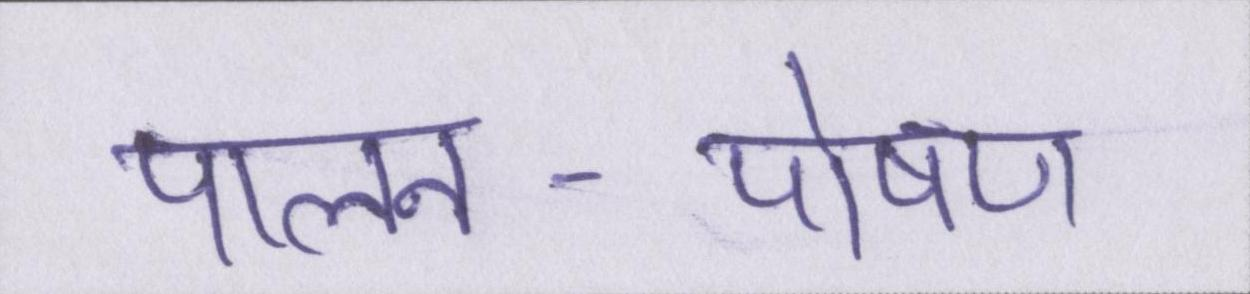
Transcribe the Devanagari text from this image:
पालन-पोषण